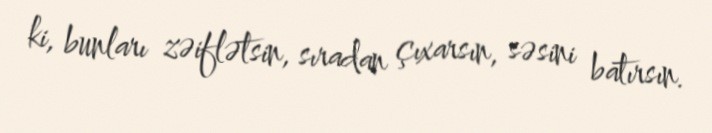
ki, bunları zəiflətsin, sıradan çıxarsın, səsini batırsın.